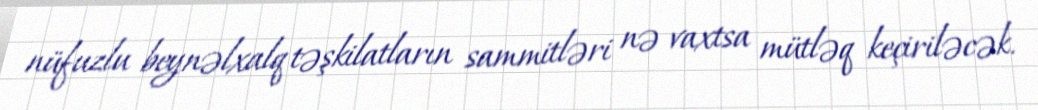
nüfuzlu beynəlxalq təşkilatların sammitləri nə vaxtsa mütləq keçiriləcək.